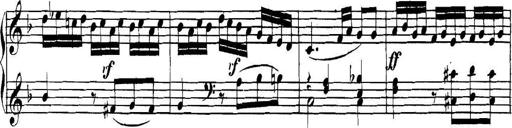
Title: Collected Piano Sonatas
Composer: Muzio Clementi